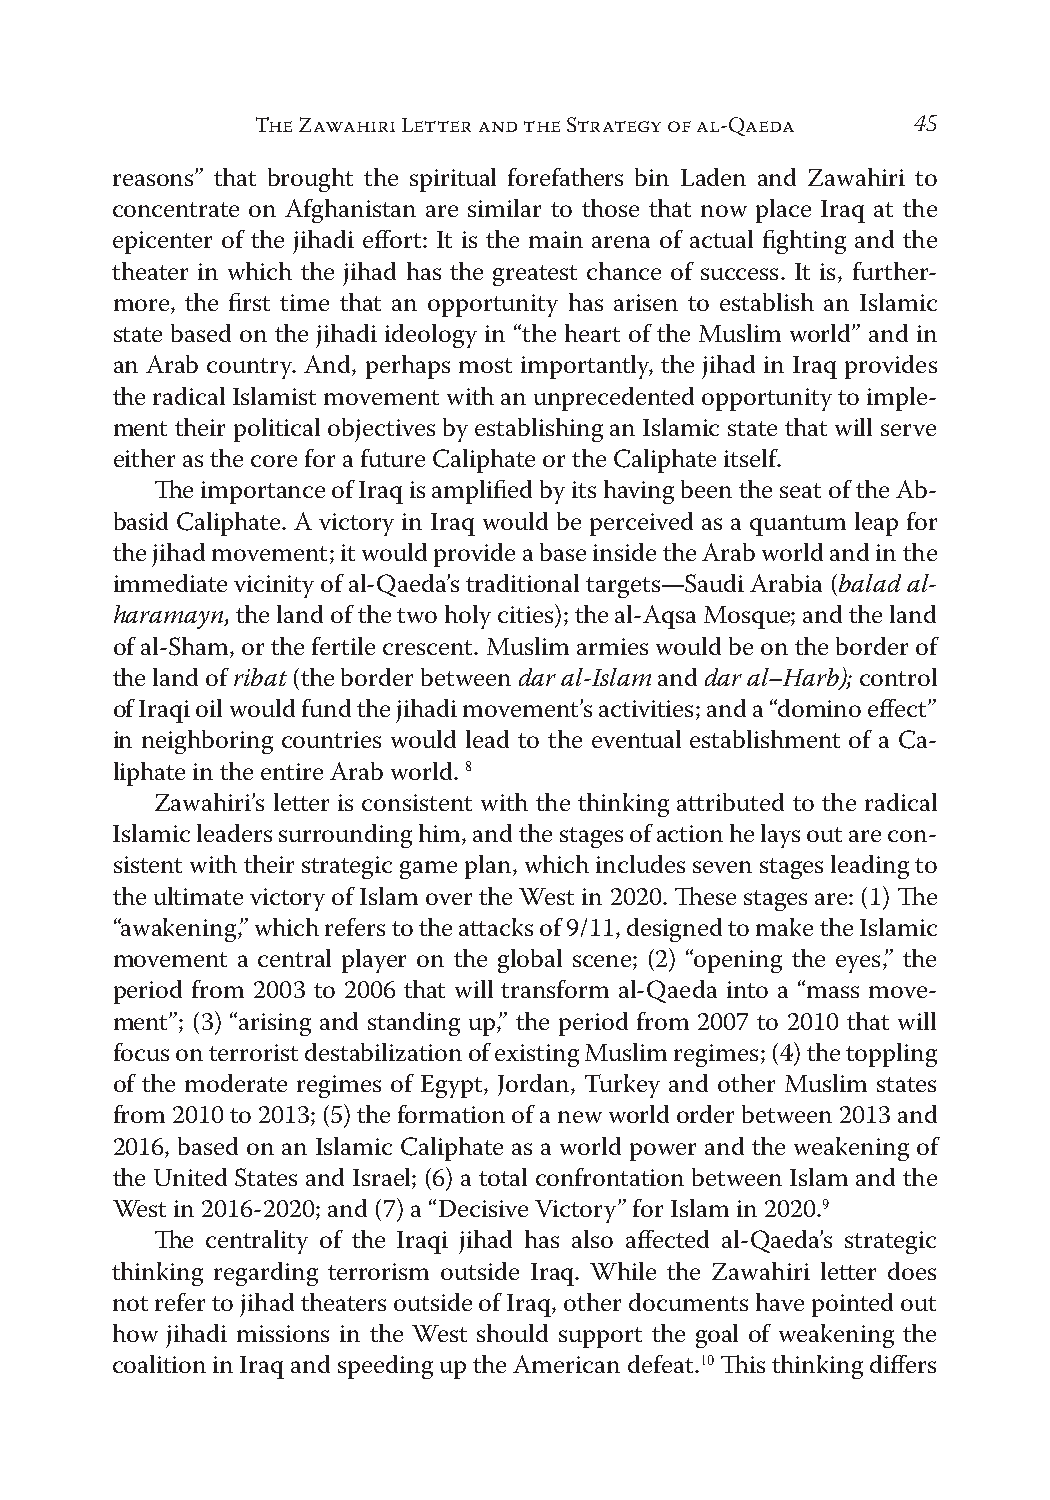
THE ZAWAHIRI LETTER AND THE STRATEGY OF AL-QAEDA 45
 reasons” that brought the spiritual forefathers bin Laden and Zawahiri to
 concentrate on Afghanistan are similar to those that now place Iraq at the
 epicenter of the jihadi effort: It is the main arena of actual fighting and the
 theater in which the jihad has the greatest chance of success. It is, further-
 more, the first time that an opportunity has arisen to establish an Islamic
 state based on the jihadi ideology in “the heart of the Muslim world” and in
 an Arab country. And, perhaps most importantly, the jihad in Iraq provides
 the radical Islamist movement with an unprecedented opportunity to imple-
 ment their political objectives by establishing an Islamic state that will serve
 either as the core for a future Caliphate or the Caliphate itself.
 The importance of Iraq is amplified by its having been the seat of the Ab-
 basid Caliphate. A victory in Iraq would be perceived as a quantum leap for
 the jihad movement; it would provide a base inside the Arab world and in the
 immediate vicinity of al-Qaeda’s traditional targets—Saudi Arabia (balad al-
 haramayn, the land of the two holy cities); the al-Aqsa Mosque; and the land
 of al-Sham, or the fertile crescent. Muslim armies would be on the border of
 the land of ribat (the border between dar al-Islam and dar al–Harb); control
 of Iraqi oil would fund the jihadi movement’s activities; and a “domino effect”
 in neighboring countries would lead to the eventual establishment of a Ca-
 8
 liphate in the entire Arab world.
 Zawahiri’s letter is consistent with the thinking attributed to the radical
 Islamic leaders surrounding him, and the stages of action he lays out are con-
 sistent with their strategic game plan, which includes seven stages leading to
 the ultimate victory of Islam over the West in 2020. These stages are: (1) The
 “awakening,” which refers to the attacks of 9/11, designed to make the Islamic
 movement a central player on the global scene; (2) “opening the eyes,” the
 period from 2003 to 2006 that will transform al-Qaeda into a “mass move-
 ment”; (3) “arising and standing up,” the period from 2007 to 2010 that will
 focus on terrorist destabilization of existing Muslim regimes; (4) the toppling
 of the moderate regimes of Egypt, Jordan, Turkey and other Muslim states
 from 2010 to 2013; (5) the formation of a new world order between 2013 and
 2016, based on an Islamic Caliphate as a world power and the weakening of
 the United States and Israel; (6) a total confrontation between Islam and the
 9
 West in 2016-2020; and (7) a “Decisive Victory” for Islam in 2020.
 The centrality of the Iraqi jihad has also affected al-Qaeda’s strategic
 thinking regarding terrorism outside Iraq. While the Zawahiri letter does
 not refer to jihad theaters outside of Iraq, other documents have pointed out
 how jihadi missions in the West should support the goal of weakening the
 10
 coalition in Iraq and speeding up the American defeat. This thinking differs